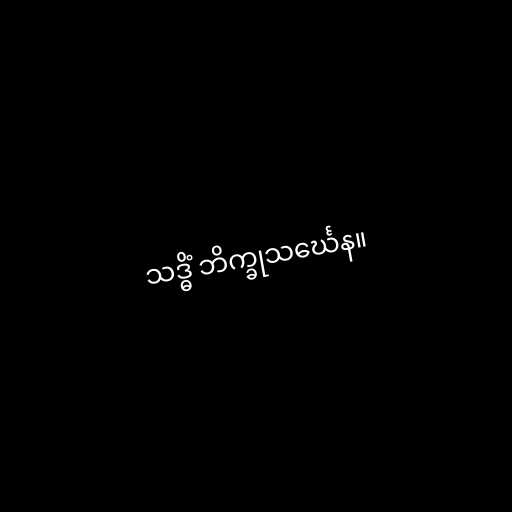
သဒ္ဓိံ ဘိက္ခုသင်္ဃေန။